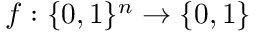
f : \{ 0 , 1 \} ^ { n } \rightarrow \{ 0 , 1 \}